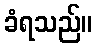
ခံရသည်။